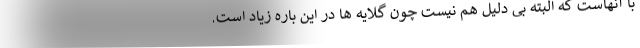
با آنهاست که البته بی دلیل هم نیست چون گلایه ها در این باره زیاد است.